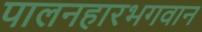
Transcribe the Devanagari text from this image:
पालनहारभगवान